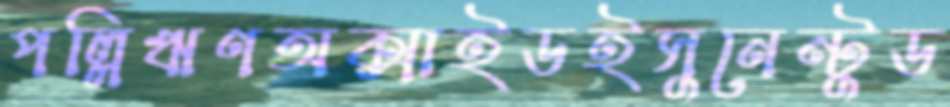
পল্লিঋণঅক্সাইডইসুনেন্টুড